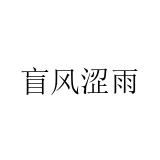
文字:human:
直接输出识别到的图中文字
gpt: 盲风涩雨